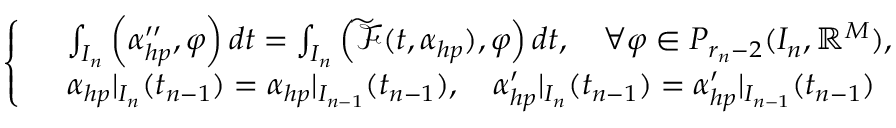
\left\{ \begin{array} { r l } & { \int _ { I _ { n } } \left( \boldsymbol { \alpha } _ { h p } ^ { \prime \prime } , \varphi \right) d t = \int _ { I _ { n } } \left( \boldsymbol { \widetilde { \mathcal { F } } } ( t , \boldsymbol { \alpha } _ { h p } ) , \varphi \right) d t , \quad \forall \varphi \in P _ { r _ { n } - 2 } ( I _ { n } , \mathbb { R } ^ { M } ) , } \\ & { \boldsymbol { \alpha } _ { h p } | _ { I _ { n } } ( t _ { n - 1 } ) = \boldsymbol { \alpha } _ { h p } | _ { I _ { n - 1 } } ( t _ { n - 1 } ) , \quad \boldsymbol { \alpha } _ { h p } ^ { \prime } | _ { I _ { n } } ( t _ { n - 1 } ) = \boldsymbol { \alpha } _ { h p } ^ { \prime } | _ { I _ { n - 1 } } ( t _ { n - 1 } ) } \end{array} \right.